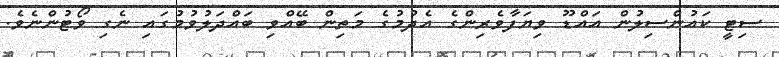
ސިޓީ ކައުންސިލުން އައްޑޫ ވިޔަފާވެެރިންގެ އެދުމުގެ މަތިން ބޭއްވި ބައްދަލުވުމުގައިި ނެގި ވޯޓުންނެވެ.